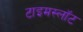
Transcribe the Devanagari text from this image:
टाइमस्लॉट